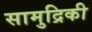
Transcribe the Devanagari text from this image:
सामुद्रिकी